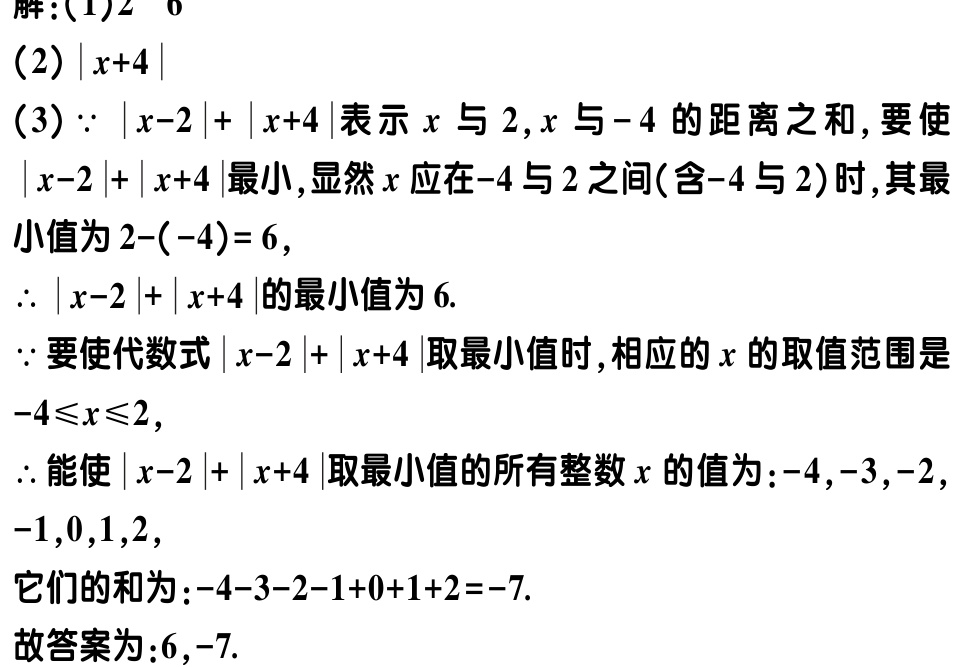
解：(1)2  6

(2)$|x + 4|$

(3)$\because |x - 2|+|x + 4|$表示$x$与$2$,$x$与$-4$的距离之和,要使$|x - 2|+|x + 4|$最小,显然$x$应在$-4$与$2$之间(含$-4$与$2$)时,其最小值为$2-(-4)=6$,

$\therefore |x - 2|+|x + 4|$的最小值为$6$.

$\because$要使代数式$|x - 2|+|x + 4|$取最小值时,相应的$x$的取值范围是$-4\leqslant x\leqslant2$,

$\therefore$能使$|x - 2|+|x + 4|$取最小值的所有整数$x$的值为:$-4,-3,-2,-1,0,1,2$,

它们的和为:$-4 - 3 - 2 - 1 + 0 + 1 + 2=-7$.

故答案为:$6,-7$.